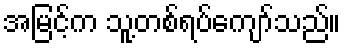
အမြင့်က သူ့တစ်ရပ်ကျော်သည်။